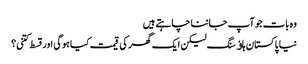
وہ بات جو آپ جاننا چاہتے ہیں
نیا پاکستان ہاﺅسنگ لیکن ایک گھر کی قیمت کیا ہوگی اور قسط کتنی؟